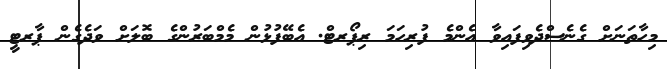
މިހާތަނަށް ގެނެސްދެވިފައިވާ އެންމެ ފުރިހަމަ ރިޕޯރޓް. އެބޭފުޅުން މެމްބަރުންގެ ބޮލަށް ވަދެގެން ޕާރޓީ